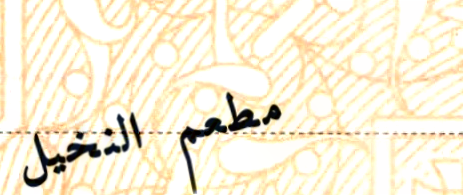
مطعم النخيل